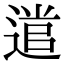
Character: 𮞭